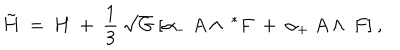
LaTeX: { \tilde { \bf H } } ~ = ~ { \bf H } ~ + ~ \frac 1 3 ~ \sqrt { G } ~ [ \alpha _ { - } ~ A \wedge ~ ^ { * } F ~ + ~ \alpha _ { + } ~ A \wedge ~ F ] ~ ,